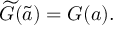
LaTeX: \widetilde { \cal G } ( \tilde { a } ) = { \cal G } ( a ) .